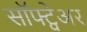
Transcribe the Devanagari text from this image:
सॉफ्ट्वेअर